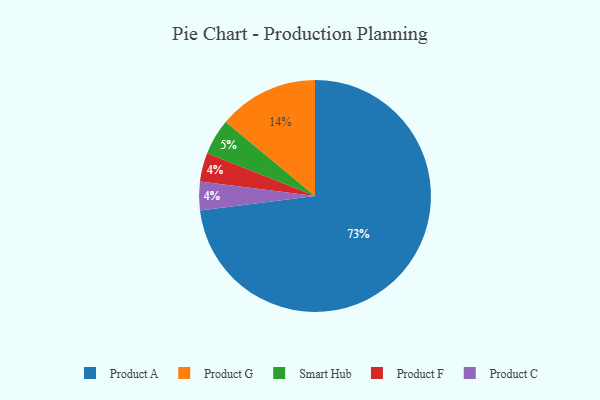
{"axis": {"x": "Category", "y": "Percentage"}, "legend": ["Product A", "Product C", "Product F", "Product G", "Smart Hub"], "data": [{"x": "Product A", "y": 73, "type": "Product A"}, {"x": "Smart Hub", "y": 5, "type": "Smart Hub"}, {"x": "Product F", "y": 4, "type": "Product F"}, {"x": "Product C", "y": 4, "type": "Product C"}, {"x": "Product G", "y": 14, "type": "Product G"}]}